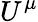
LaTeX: U^{\mu}